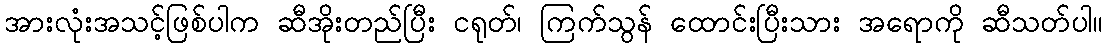
အားလုံးအသင့်ဖြစ်ပါက ဆီအိုးတည်ပြီး ငရုတ်၊ ကြက်သွန် ထောင်းပြီးသား အရောကို ဆီသတ်ပါ။